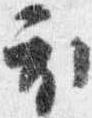
衣